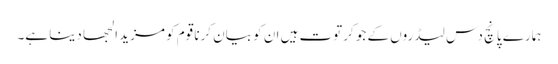
ہمارے پانچ دس لیڈروں کے جو کرتوت ہیں ان کو بیان کرنا قوم کو مزید الجھا دینا ہے۔